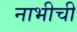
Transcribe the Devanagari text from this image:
नाभीची